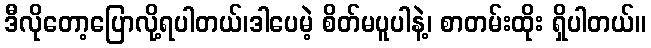
ဒီလိုတော့ပြောလို့ရပါတယ်၊ဒါပေမဲ့ စိတ်မပူပါနဲ့၊ စာတမ်းထိုး ရှိပါတယ်။